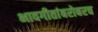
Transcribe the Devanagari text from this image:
भावगीतांबरोबरच